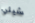
شيلي